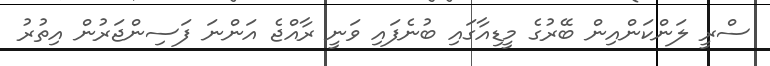
ސްރީ ލަންކަންއިން ބޭރުގެ މީޑިއާގައި ބުނެފައި ވަނީ ރާއްޖެ އަންނަ ފަސިންޖަރުން އިތުރު